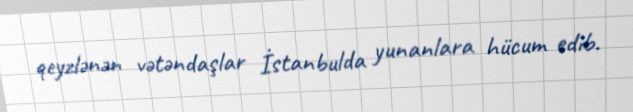
qeyzlənən vətəndaşlar İstanbulda yunanlara hücum edib.